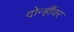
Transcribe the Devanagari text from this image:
दोन्हींवर